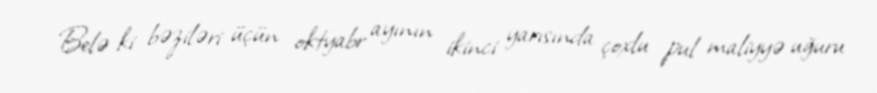
Belə ki bəziləri üçün oktyabr ayının ikinci yarısında çoxlu pul maliyyə uğuru